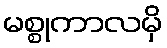
မစ္စုကာလမှိ